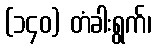
(၁၄၀) တံခါးရွက်၊